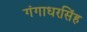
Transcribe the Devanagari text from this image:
गंगाधरसिंह